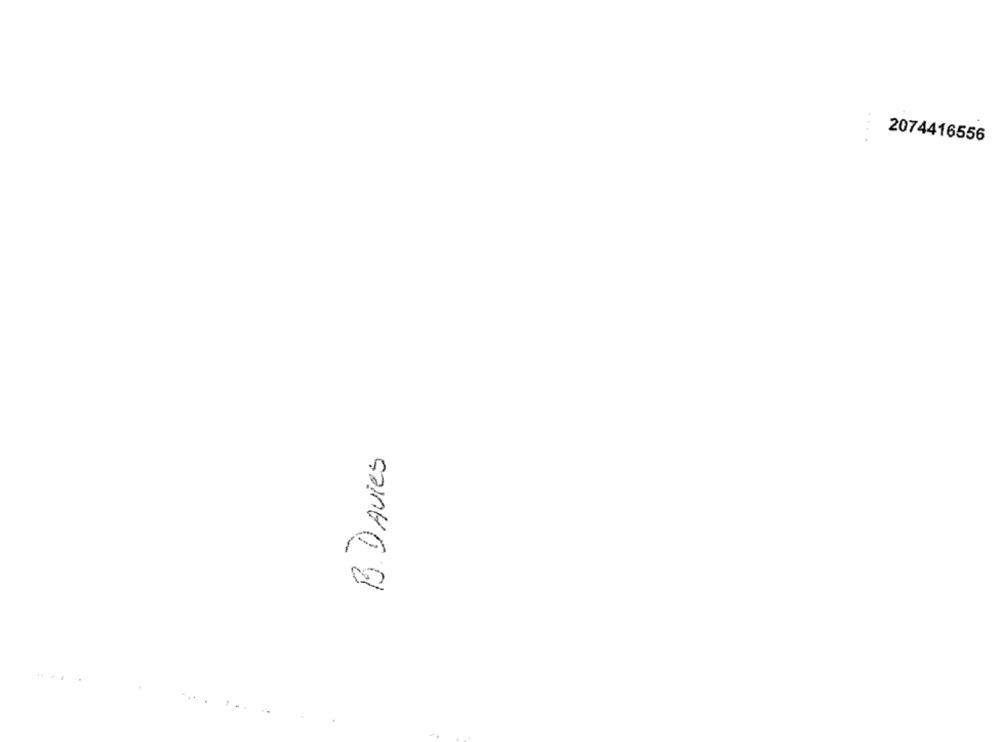
2074416556
B. Davies